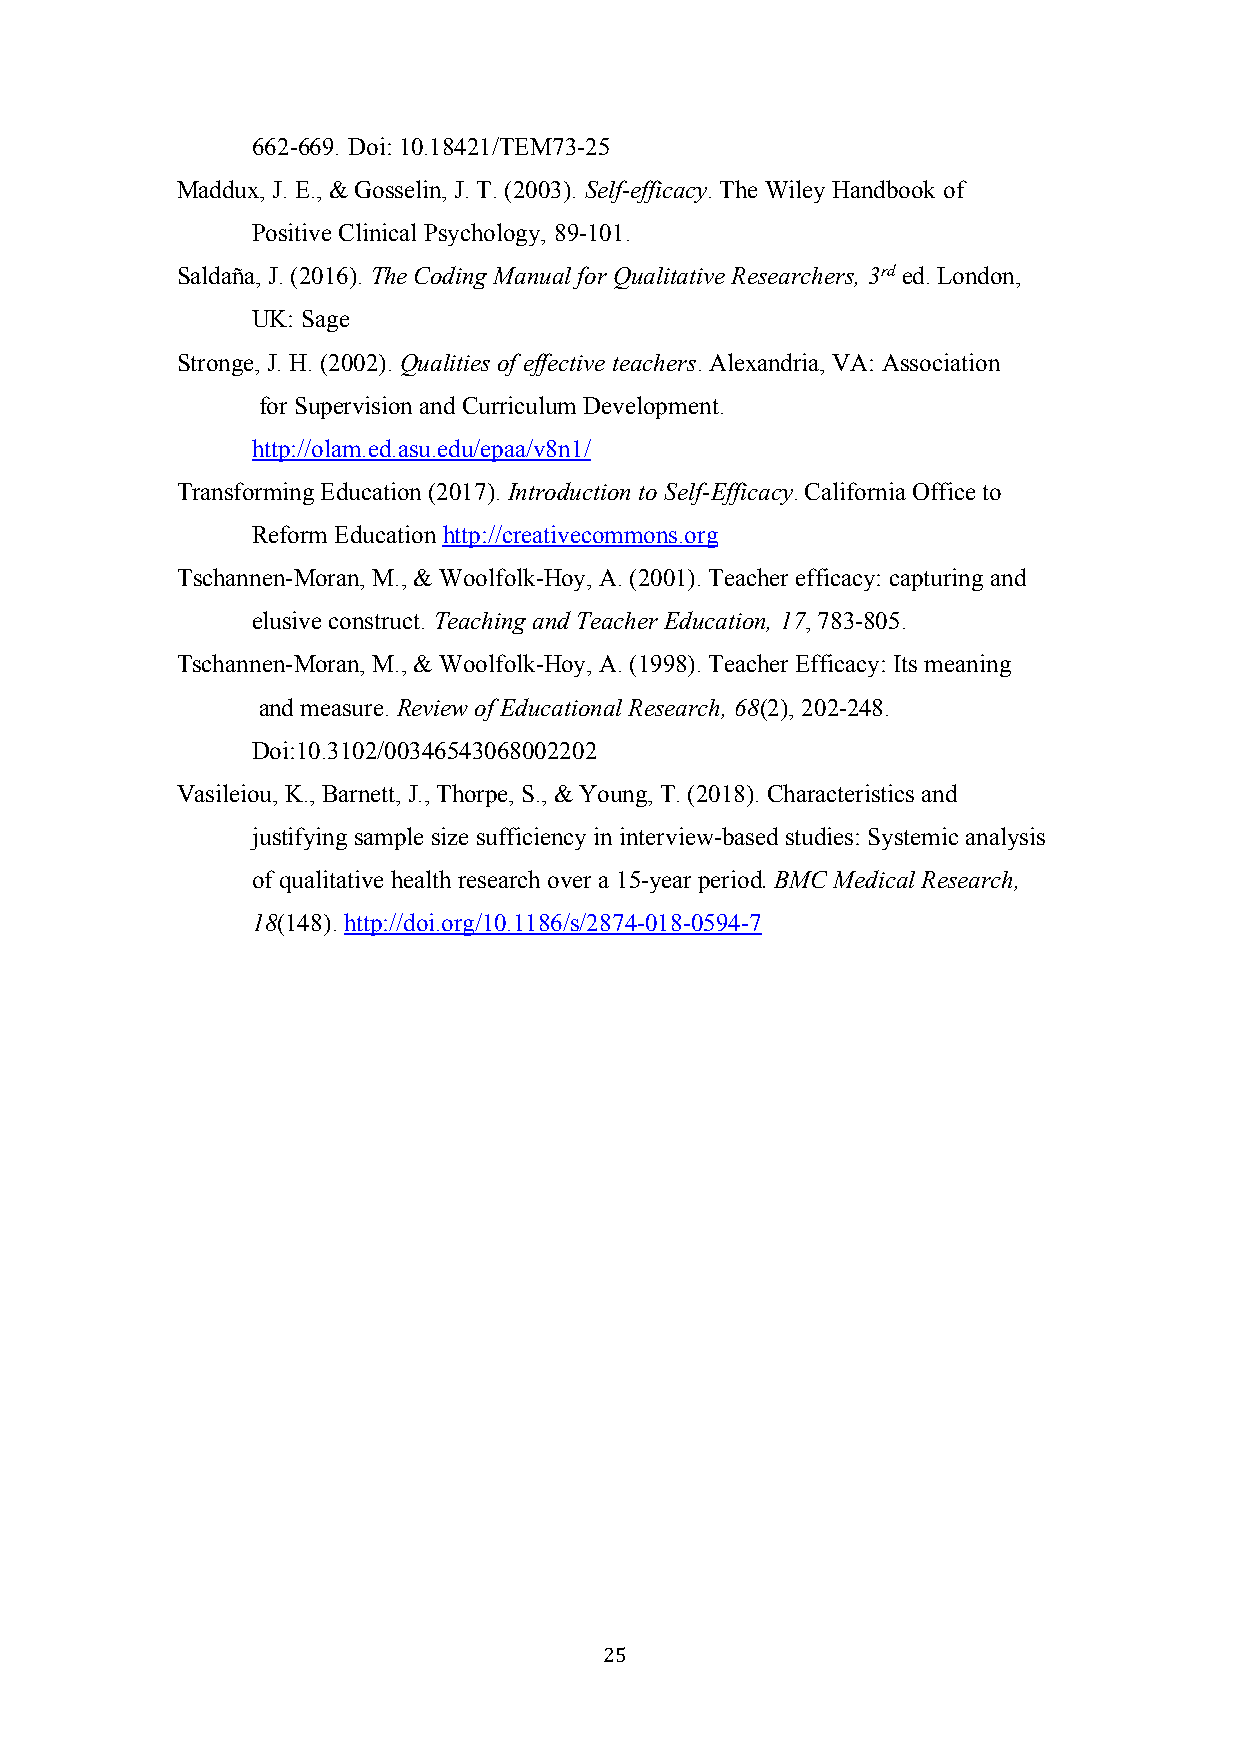
662-669. Doi: 10.18421/TEM73-25
 Maddux, J. E., & Gosselin, J. T. (2003). Self-efficacy. The Wiley Handbook of
 Positive Clinical Psychology, 89-101.
 Saldaña, J. (2016). The Coding Manual for Qualitative Researchers, 3rd ed. London,
 UK: Sage
 Stronge, J. H. (2002). Qualities of effective teachers. Alexandria, VA: Association
 for Supervision and Curriculum Development.
 http://olam.ed.asu.edu/epaa/v8n1/
 Transforming Education (2017). Introduction to Self-Efficacy. California Office to
 Reform Education http://creativecommons.org
 Tschannen-Moran, M., & Woolfolk-Hoy, A. (2001). Teacher efficacy: capturing and
 elusive construct. Teaching and Teacher Education, 17, 783-805.
 Tschannen-Moran, M., & Woolfolk-Hoy, A. (1998). Teacher Efficacy: Its meaning
 and measure. Review of Educational Research, 68(2), 202-248.
 Doi:10.3102/00346543068002202
 Vasileiou, K., Barnett, J., Thorpe, S., & Young, T. (2018). Characteristics and
 justifying sample size sufficiency in interview-based studies: Systemic analysis
 of qualitative health research over a 15-year period. BMC Medical Research,
 18(148). http://doi.org/10.1186/s/2874-018-0594-7
 25